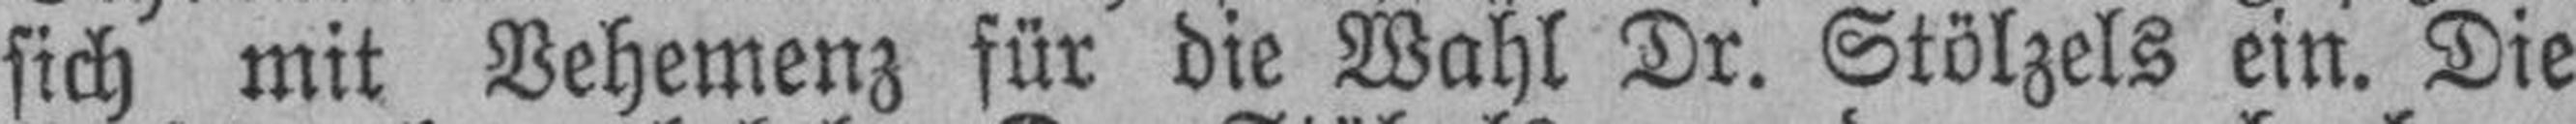
sich mit Vehemenz für die Wahl Dr. Stölzels ein. Die